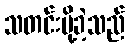
သတင်းပို့ခဲ့သည်